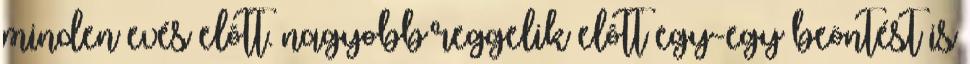
minden evés elõtt. nagyobb reggelik elõtt egy-egy beöntést is